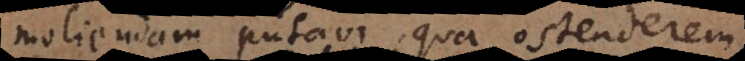
moliendam putavi, qua ostenderem,